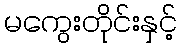
မကွေးတိုင်းနှင့်